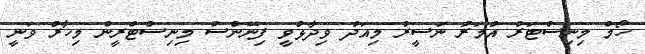
ހޯމް މިނިސްޓަރު އުމަރު ނަސީރު މިއަދު ވިދާޅުވީ ފިނޭންސް މިނިސްޓްރީން މިހާރު ވަނީ